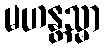
မဟန္တသ္မာ